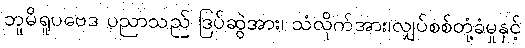
ဘူမိရူပဗေဒ ပညာသည် ဒြပ်ဆွဲအား၊ သံလိုက်အား၊လျှပ်စစ်တုံ့ခံမှုနှင့်